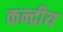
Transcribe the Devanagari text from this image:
कन्द्रीय